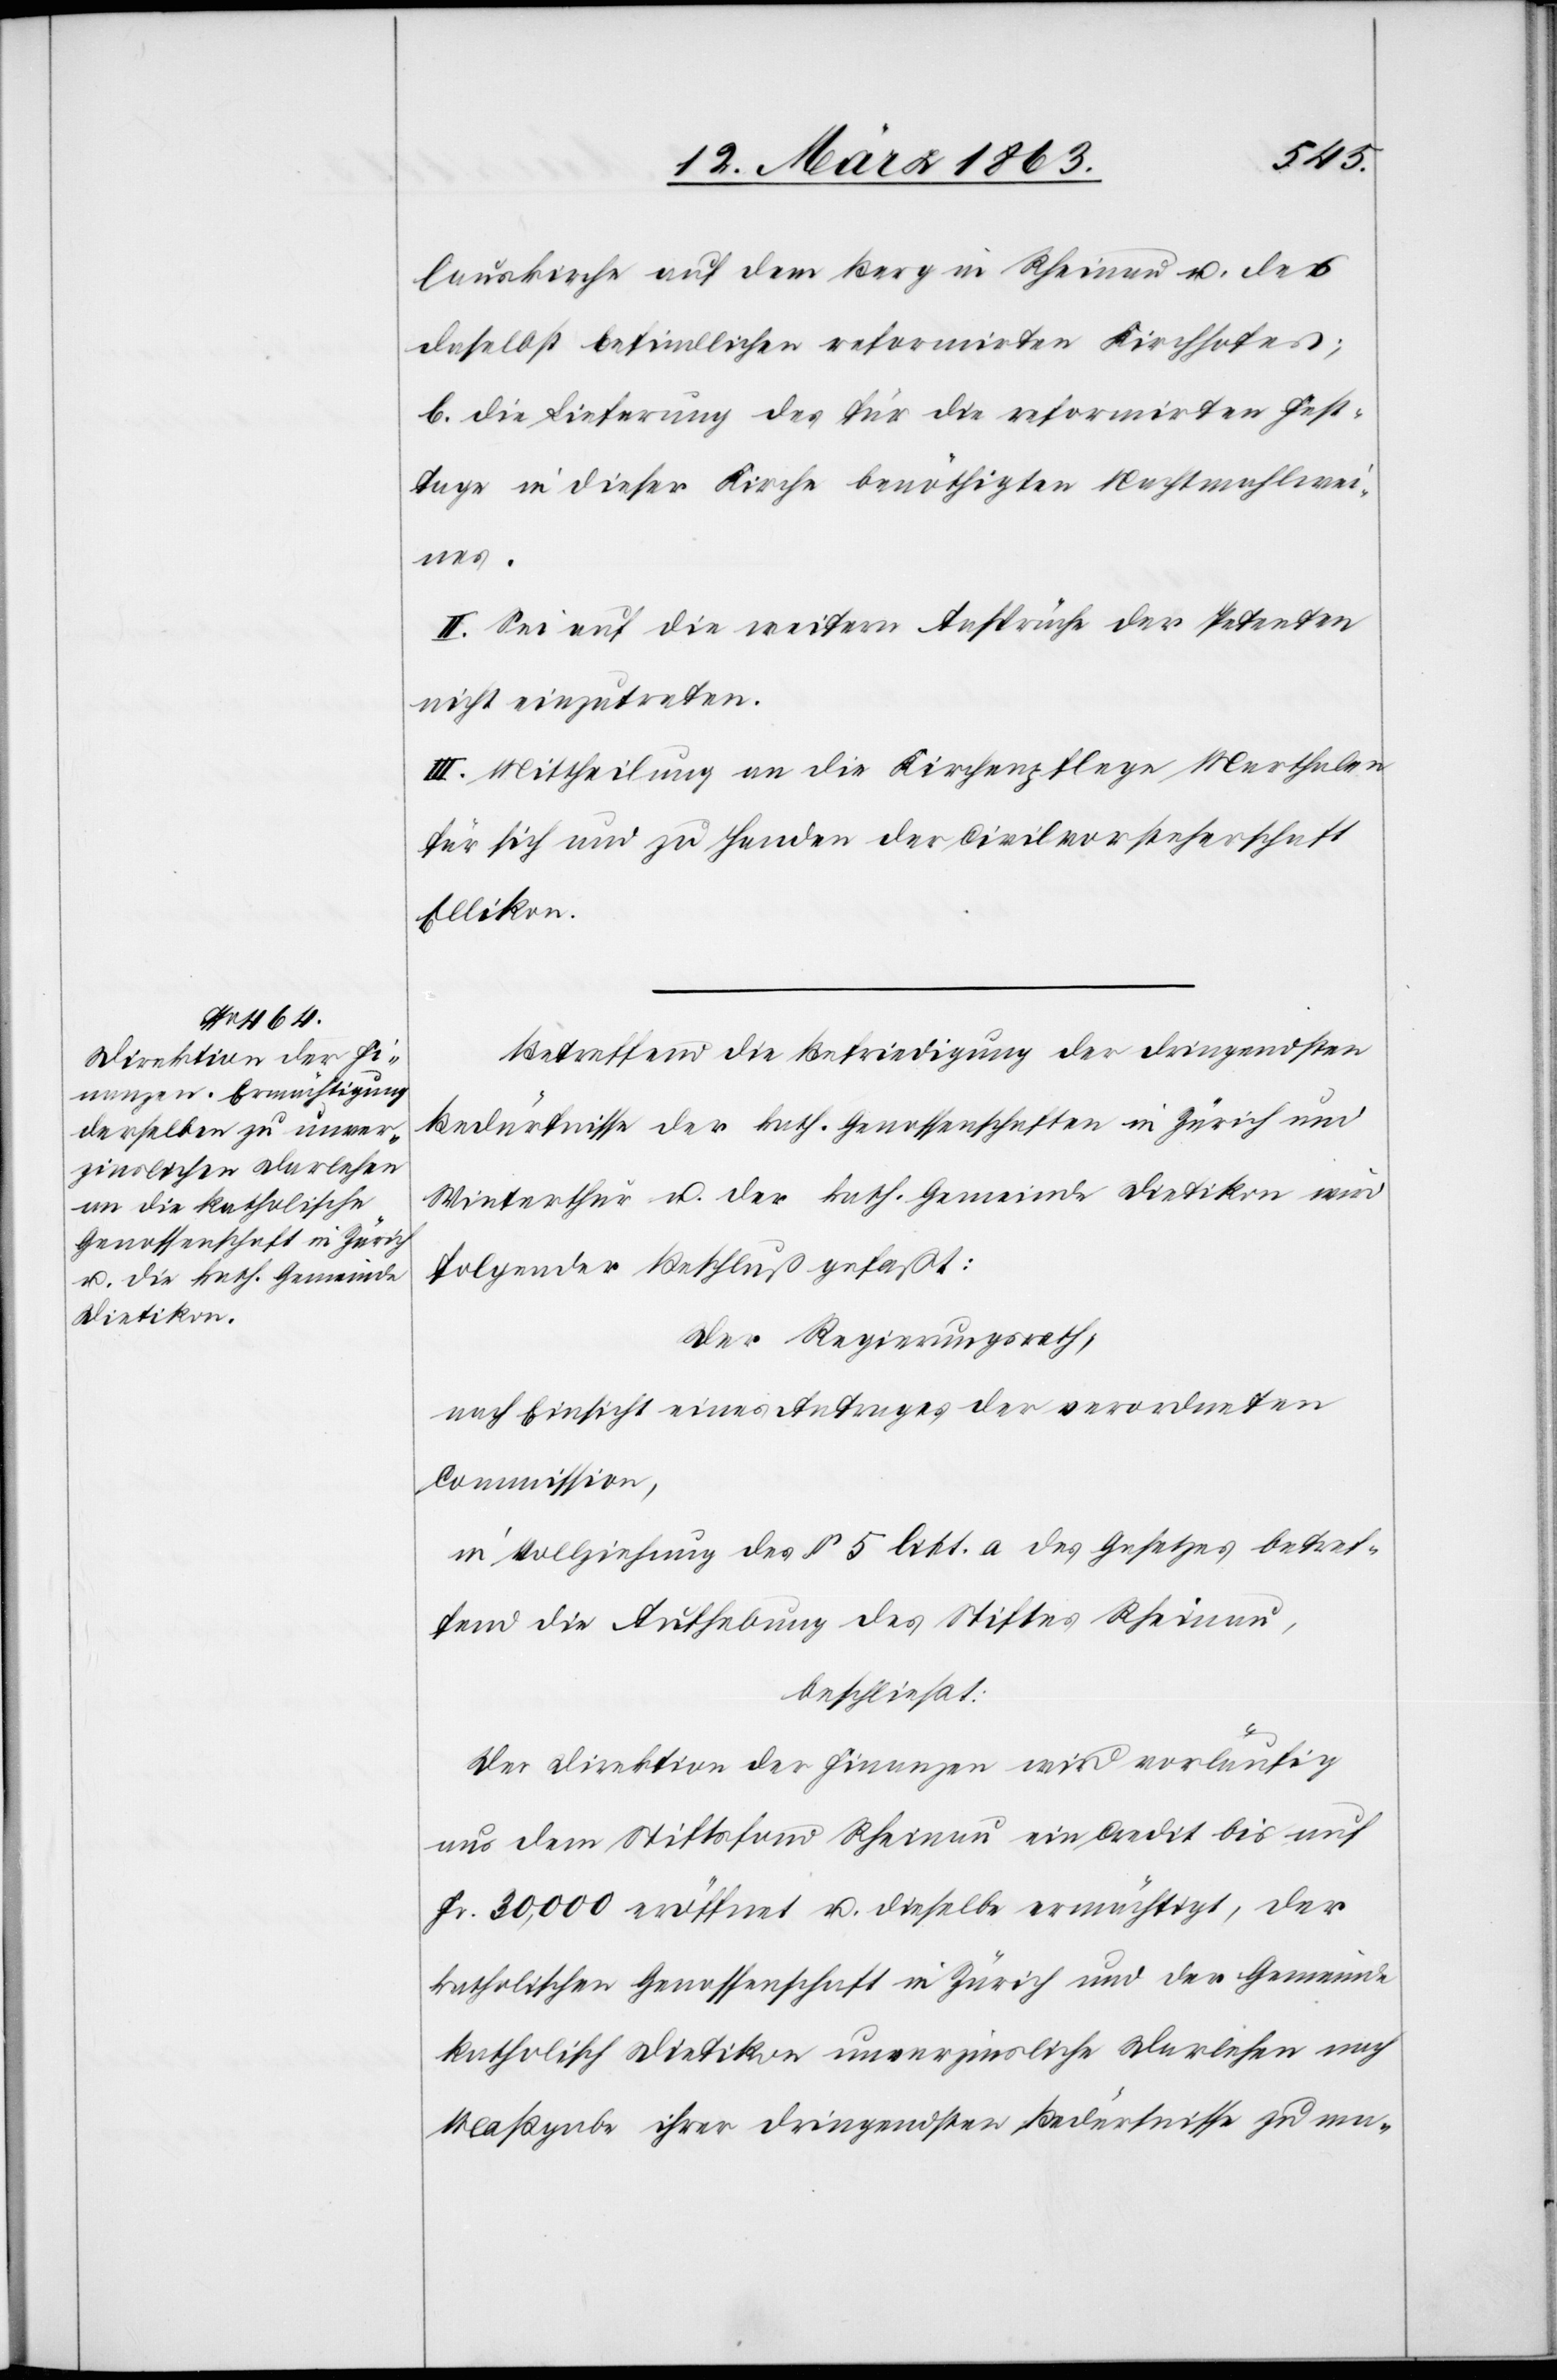
lauskirche auf dem Berg in Rheinau u. des
daselbst befindlichen reformirten Kirchhofes;
b. die Lieferung des für die reformirten Fest¬
tage in dieser Kirche benöthigten Nachtmahlwein¬
es.
II. Sei auf die weitern Ansprüche der Petenten
nicht einzutreten.
III. Mittheilung an die Kirchenpflege Marthalen
für sich und zu Handen der Civilvorsteherschaft
Ellikon.
Betreffend die Befriedigung der dringendsten
Bedürfnisse der kath. Genossenschaften in Zürich und
Winterthur u. der kath. Gemeinde Dietikon wird
folgender Beschluß gefaßt:
Der Regierungsrath,
nach Einsicht eines Antrages der verordneten
Commission,
in Vollziehung des § 5 litt. a des Gesetzes betref¬
fend die Aufhebung des Stiftes Rheinau,
beschließt:
Der Direktion der Finanzen wird vorläufig
aus dem Stiftsfond Rheinau ein Credit bis auf
Fr. 30,000 eröffnet u. dieselbe ermächtigt, der
katholischen Genossenschaft in Zürich und der Gemeinde
katholisch Dietikon unverzinsliche Darlehen nach
Maßgabe ihrer dringendsten Bedürfnisse zu ma-